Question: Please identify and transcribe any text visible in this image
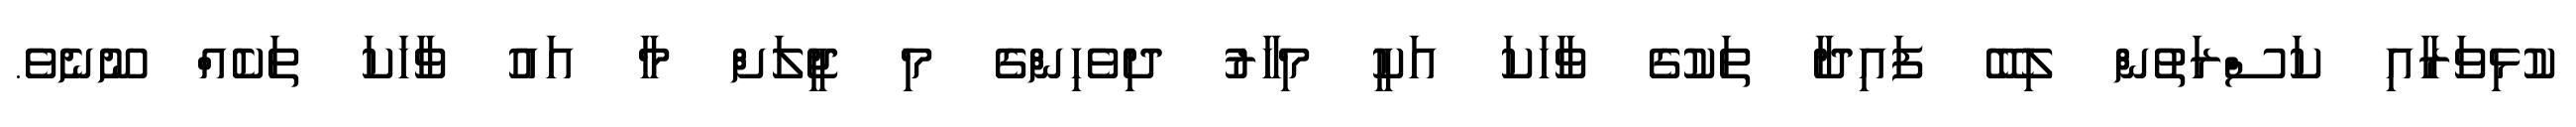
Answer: ކުޅިވަރާއި ކަސްރަތުން ލިބޭ ފައިދާ ތަކުގެ ވާހަކަ އަކީ މިހާރު ދިވެހިންގެ މި ޖީލަށް މާ އައު ވާހަކަ ތަކެއް ނޫނެވެ.